Leprosy in India: report of the Leprosy Commission in India, 1890-91
Year: 1890
Disease focus: Leprosy
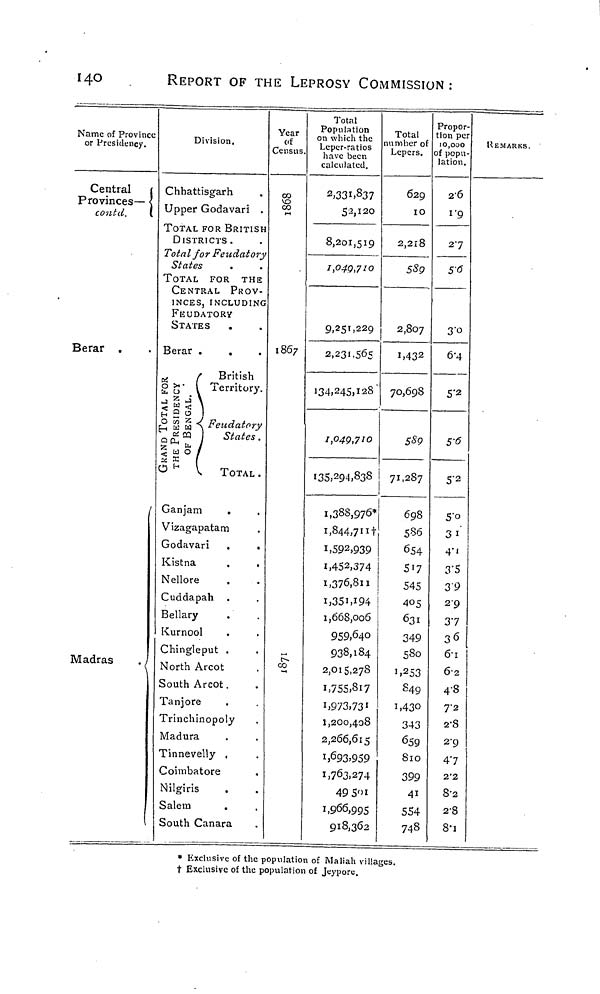
140
REPORT OF THE LEPROSY COMMISSION:
Name of Province
or Presidency.
Central
Provinces—
contd.
Berar .
Madras
.
Division.
Chhattisgarh
Upper Godavari .
TOTAL FOR BRITISH
DISTRICTS.
Total for Feudatory
States
TOTAL FOR THE
CENTRAL PROV-
INCES, INCLUDING
FEUDATORY
STATES
.
Berar .
GRAND TOTAL FOR,
THE PRESIDENCY
OF BENGAL
British
Territory.
Feudatory
States .
TOTAL.
Ganjam
.
Vizagapatam
Godavari .
.
Kistna
Nellore
Cuddapah
Bellary
Kurnool
Chingleput .
North Arcot
South Arcot.
Tanjore
Trinchinopoly
Madura
Tinneveliy ,
Coimbatore
Nilgiris
Salem
South Canara
Year
of
Census.
1868
1867
1871
Total
Population
on which the
Leper-ratios
have been
calculated.
2,331,837
52,120
8,201,519
1,040,710
9,251,229
2,231,565
134,245,128
1,049,710
135,29,838
1,388,976*
1,844,711+
1,592,939
1,452,374
1,376,811
1,351,194
1,668,006
959,640
938,184
2,015,278
1,755,817
1,973,731
1,200,408
2,266,615
1,693,959
1,763,274
49 501
1,966,995
918,362
Total
number of
Lepers.
629
10
2,218
589
2,807
1,432
70,698
589
'71,287
698
586
654
517
545
405
631
349
580
1,253
849
1,430
343
659
810
399
41
554
748
Propor-
:ion per
10,000
of popu-
lation.
26
1.9
27
5.6
3.0
6.4
5.2
5.6
5.2
5'°3
1
4.1
3.5
39
2.9
37
36
6.1
6.2
4.8
72
2.8
2.9
47
2.2
8.2
2.8
8.1
REMARKS.
* Exclusive of the population of Maliah villages.
t Exclusive of the population of Jeypore.